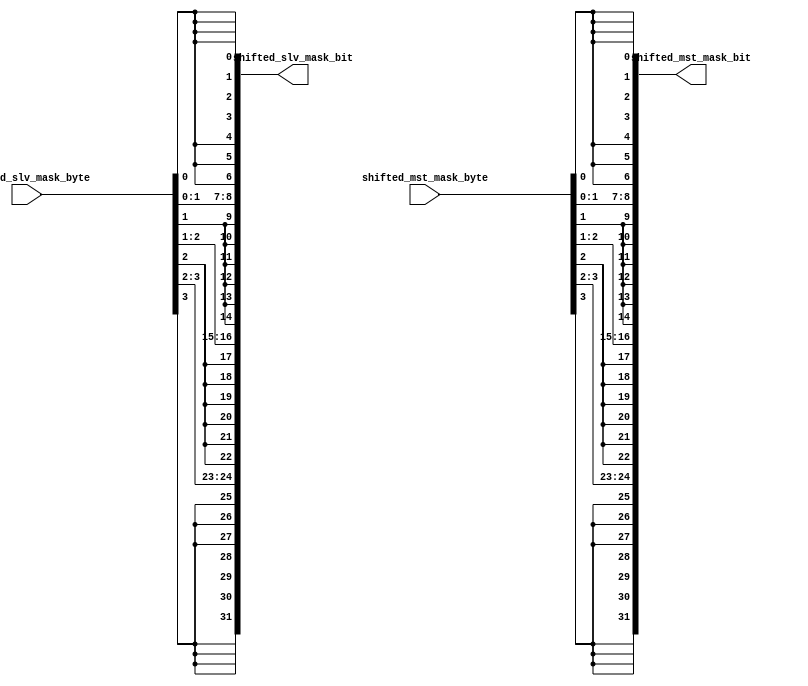
///////////////////////////////////////////////////////////////////////////////////////////////////
// Company: MICROSEMI
//
// IP Core: COREAXI4INTERCONNECT
//
//  Description  : The AMBA AXI4 Interconnect core connects one or more AXI memory-mapped master devices to one or
//                 more memory-mapped slave devices. The AMBA AXI protocol supports high-performance, high-frequency
//                 system designs.
//
//  COPYRIGHT 2017 BY MICROSEMI 
//  THE INFORMATION CONTAINED IN THIS DOCUMENT IS SUBJECT TO LICENSING RESTRICTIONS 
//  FROM MICROSEMI CORP.  IF YOU ARE NOT IN POSSESSION OF WRITTEN AUTHORIZATION FROM 
//  MICROSEMI FOR USE OF THIS FILE, THEN THE FILE SHOULD BE IMMEDIATELY DESTROYED AND 
//  NO BACK-UP OF THE FILE SHOULD BE MADE. 
//
//
/////////////////////////////////////////////////////////////////////////////////////////////////// 
module caxi4interconnect_byte2bit (
                                 //  input ports
                                 shifted_slv_mask_bit,
                                 shifted_mst_mask_bit,
 
                                 //  output ports
                                 shifted_slv_mask_byte,
                                 shifted_mst_mask_byte
                                 );
 
   parameter        DATA_WIDTH_IN             = 32;
   parameter        DATA_WIDTH_OUT            = 32;
//  output ports
   output     [DATA_WIDTH_IN - 1:0] shifted_slv_mask_bit;
   wire      [DATA_WIDTH_IN - 1:0] shifted_slv_mask_bit;
   output     [DATA_WIDTH_OUT - 1:0] shifted_mst_mask_bit;
   wire      [DATA_WIDTH_OUT - 1:0] shifted_mst_mask_bit;
//  input ports
   input    [(DATA_WIDTH_IN / 8) - 1:0] shifted_slv_mask_byte;
   wire      [(DATA_WIDTH_IN / 8) - 1:0] shifted_slv_mask_byte;
   input    [(DATA_WIDTH_OUT / 8) - 1:0] shifted_mst_mask_byte;
   wire      [(DATA_WIDTH_OUT / 8) - 1:0] shifted_mst_mask_byte;

   genvar i;

   generate
     for (i=0;i<(DATA_WIDTH_IN/8);i=i+1) begin
       assign shifted_slv_mask_bit[(8*i)+:8] = {8{shifted_slv_mask_byte[i]}};
     end
   endgenerate

   generate
     for (i=0;i<(DATA_WIDTH_OUT/8);i=i+1) begin
       assign shifted_mst_mask_bit[(8*i)+:8] = {8{shifted_mst_mask_byte[i]}};
     end
   endgenerate

endmodule